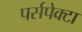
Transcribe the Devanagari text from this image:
पर्सपेक्टा